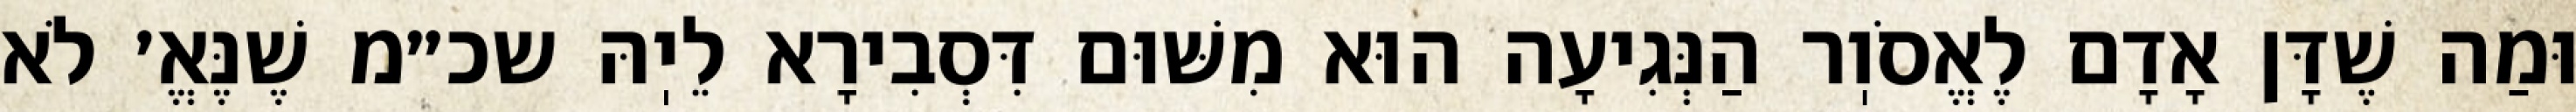
וּמַה שֶׁדָּן אָדָם לֶאֱסֹוֽר הַנְּגִיעָה הוּא מִשּׁוּם דִּסְבִירָא לֵיֽהּ שכ״מ שֶׁנֶּאֱ׳ לֹא